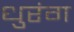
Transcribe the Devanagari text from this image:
धुरंग